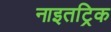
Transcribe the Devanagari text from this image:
नाइतट्रिक